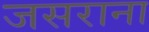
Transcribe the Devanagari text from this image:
जसराना